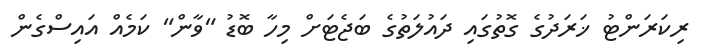
ރިކަރަންޓު ޚަރަދުގެ ގޮތުގައި ދައުލަތުގެ ބަޖެޓަށް މިހާ ބޮޑު "ވާން" ކަމެއް އައިސްގެން